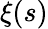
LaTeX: \xi(s)